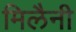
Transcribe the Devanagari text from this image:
मिलैनी